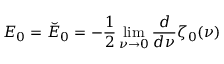
E _ { 0 } = \breve { E } _ { 0 } = - \frac 1 2 \operatorname * { l i m } _ { \nu \rightarrow 0 } { \frac { d } { d \nu } } \zeta _ { 0 } ( \nu )